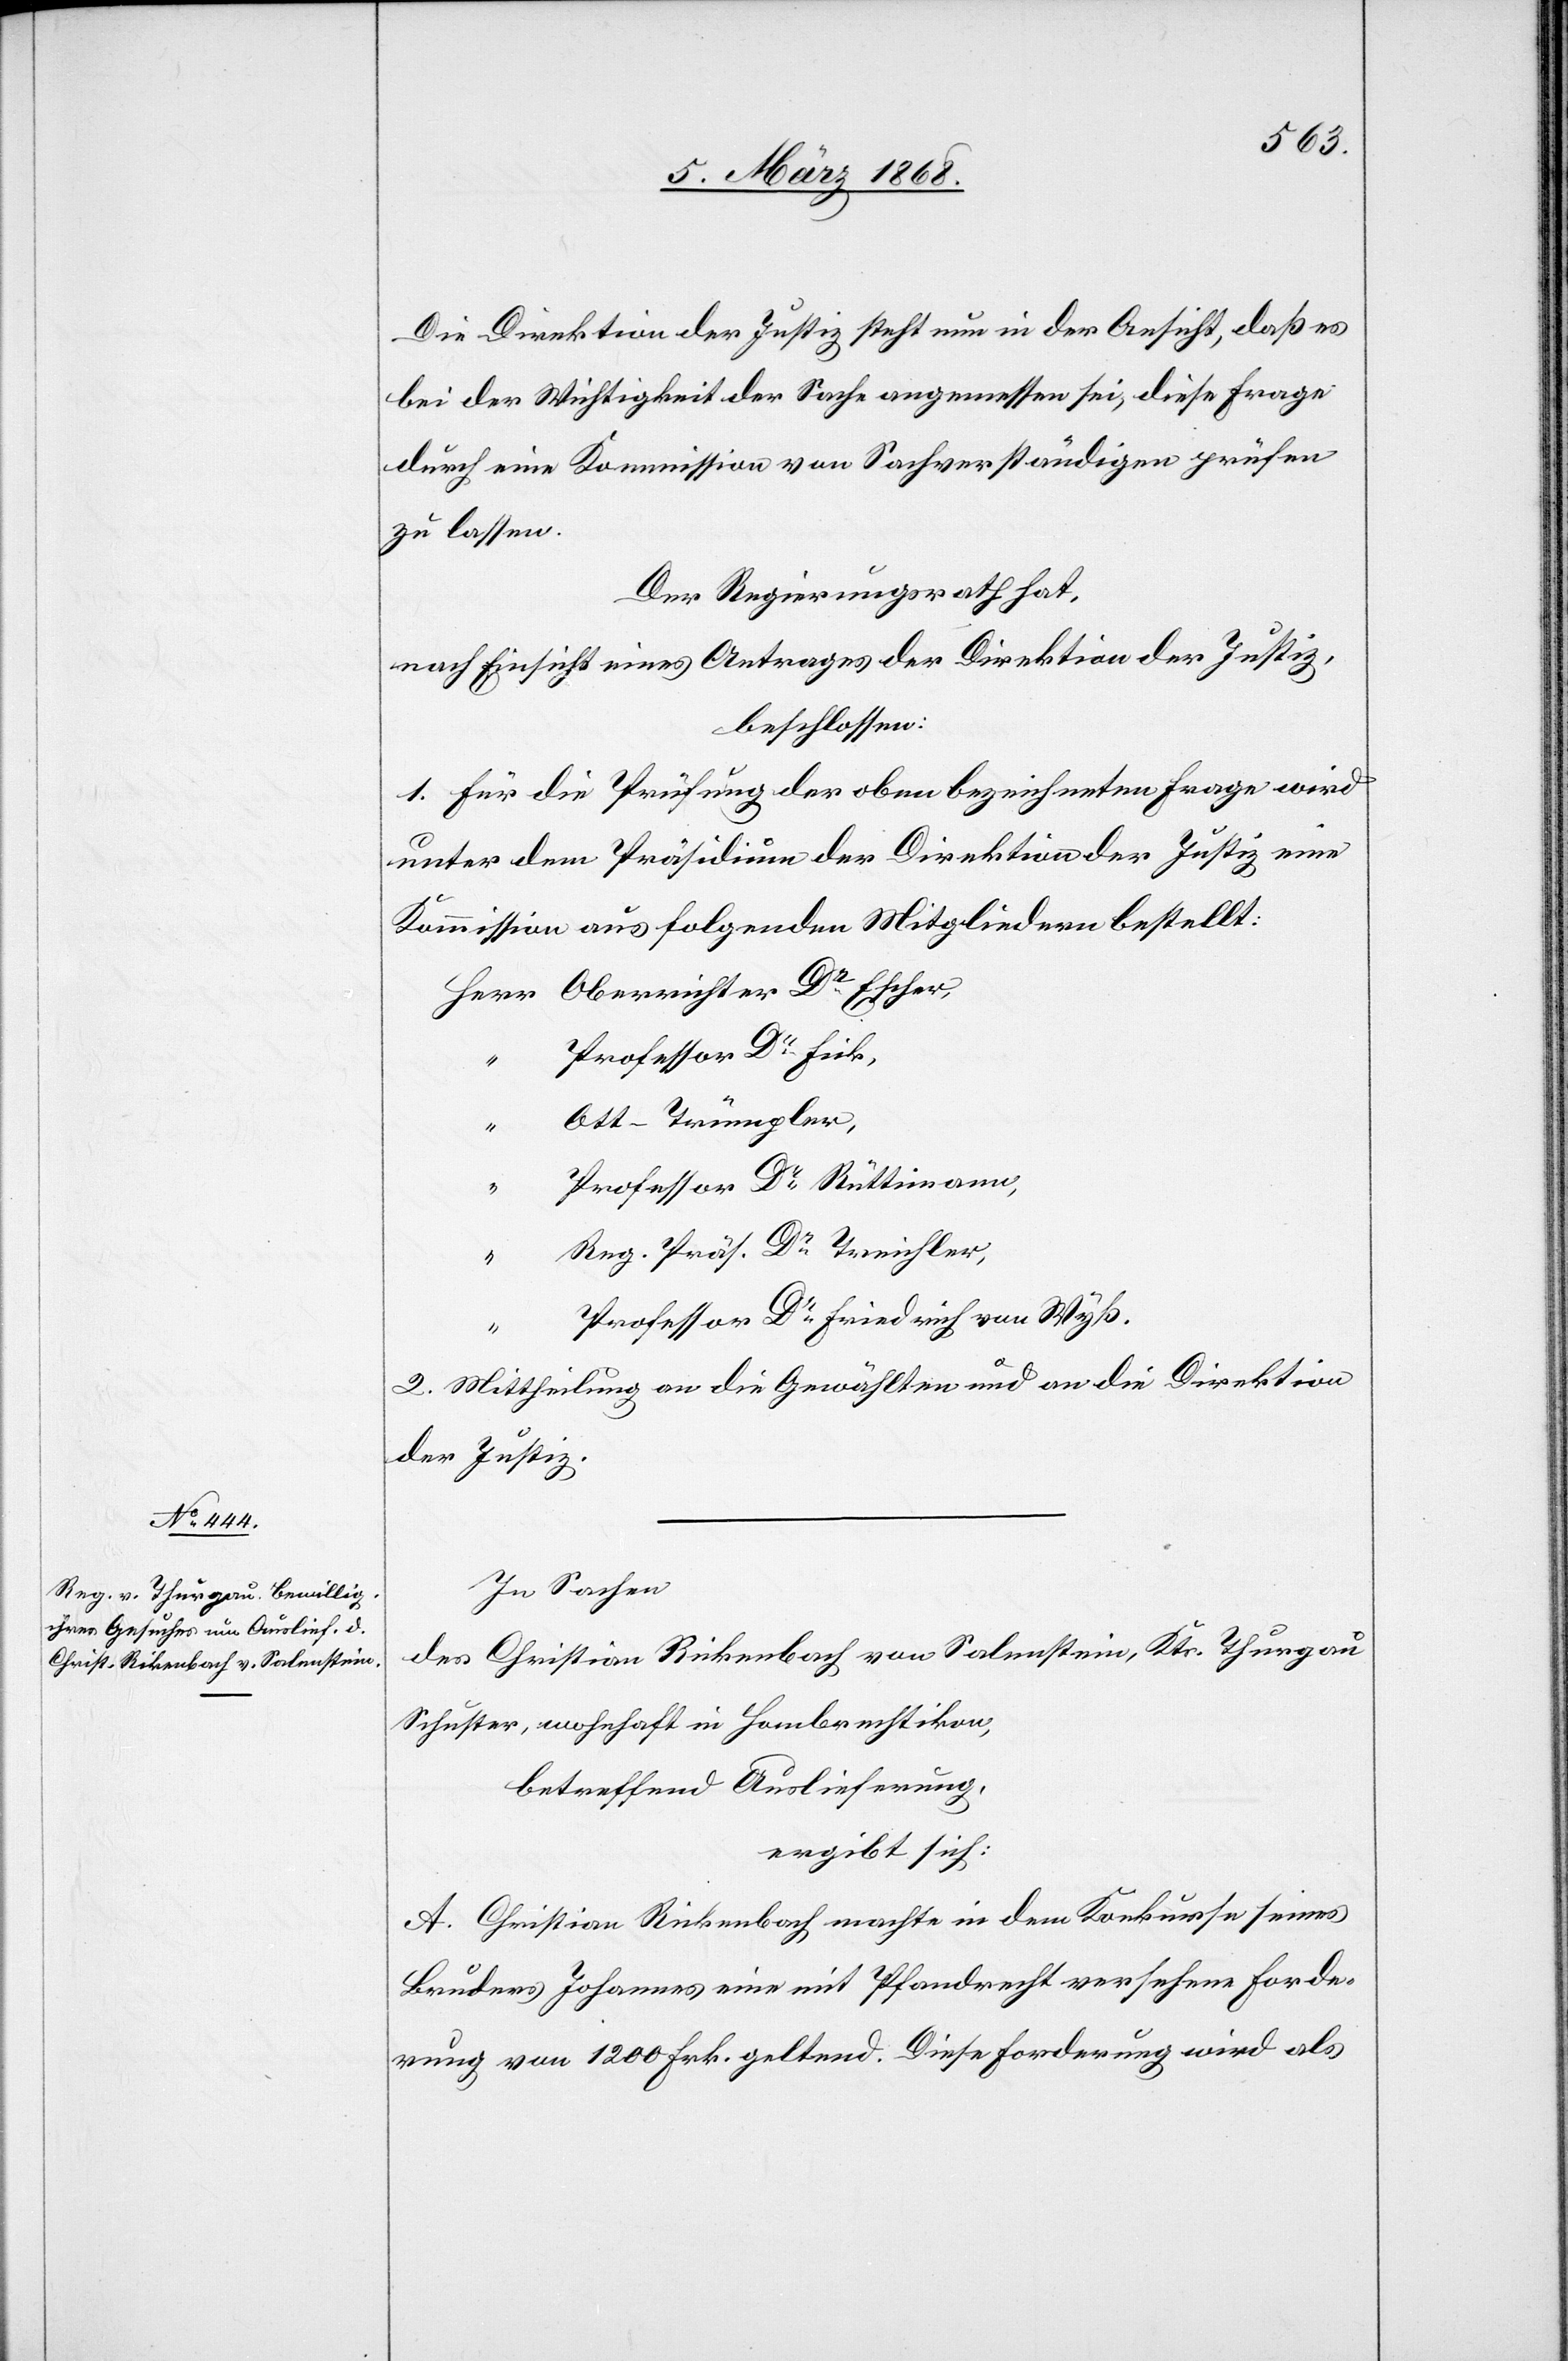
Die Direktion der Justiz steht nun in der Ansicht, daß es
bei der Wichtigkeit der Sache angemessen sei, diese Frage
durch eine Kommission von Sachverständigen prüfen
zu lassen.
Der Regierungsrath hat,
nach Einsicht eines Antrages der Direktion der Justiz,
beschlossen:
1. Für die Prüfung der oben bezeichneten Frage wird
unter dem Präsidium der Direktion der Justiz eine
Kommission aus folgenden Mitgliedern bestellt:
Herr Oberrichter Dr. Escher,
Professor Dr. Fick,
Ott-Trümpler,
Professor Dr. Rüttimann,
Reg. Präs. Dr. Treichler,
“
Professor Dr. Friedrich von Wyß.
2. Mittheilung an die Gewählten und an die Direktion
der Justiz.
In Sachen
des Christian Rickenbach [sic!] von Salenstein, Kts. Thurgau
Schuster, wohnhaft in Hombrechtikon,
betreffend Auslieferung,
ergibt sich:
A. Christian Rickenbach machte in dem Konkurse seines
Bruders Johannes eine mit Pfandrecht versehene Forde¬
rung von 1200 Frk. geltend. Diese Forderung wird als